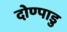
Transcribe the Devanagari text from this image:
दोण्पाडु